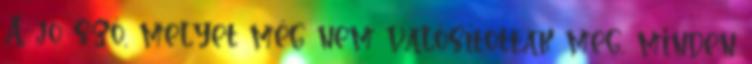
A jó szó, melyet még nem valósítottak meg, minden